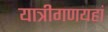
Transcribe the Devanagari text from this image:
यात्रीगणयहां